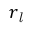
r _ { \mathit { l } }